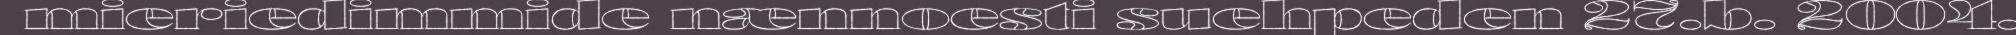
mieriedimmide nænnoesti suehpeden 27.b. 2004.